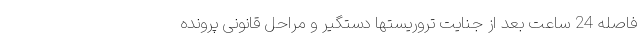
فاصله 24 ساعت بعد از جنایت تروریستها دستگیر و مراحل قانونی پرونده